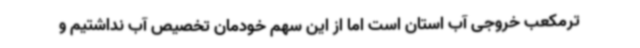
ترمکعب خروجی آب استان است اما از این سهم خودمان تخصیص آب نداشتیم و